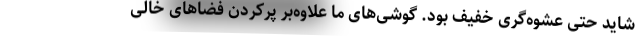
شاید حتی عشوه‌گری خفیف بود. گوشی‌های ما علاوه‌بر پرکردن فضاهای خالی